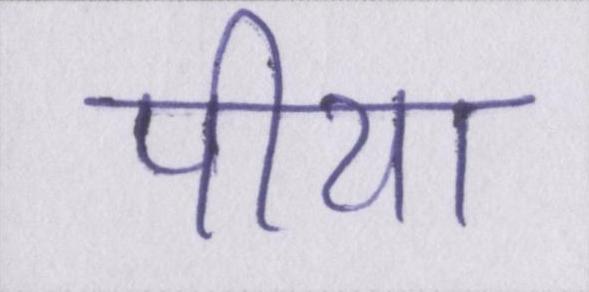
पीया